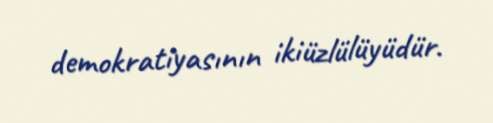
demokratiyasının ikiüzlülüyüdür.